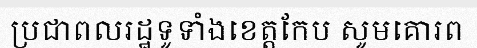
ប្រជាពលរដ្ឋទូទាំងខេត្តកែប សូមគោរព